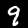
Label: 9